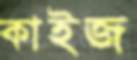
কাইজ